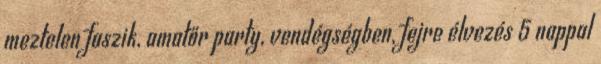
meztelen faszik, amatőr party, vendégségben, fejre élvezés 5 nappal